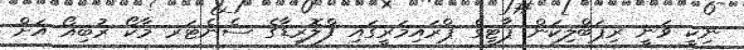
ނިކީ ވަނީ ރިޕަބްލިކަން ޕާޓީގެ ޕްރައިމަރީގައި ފްލޮރިޑާގެ ސެނެޓަރ މާކޯ ރުބިއޯ އަށް